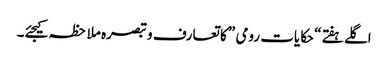
اگلے ہفتے “حکایات رومی ” کا تعارف و تبصرہ ملاحظہ کیجئے۔